Civil Veterinary Dept. Bombay admin report 1923-31 - 1923-1931
Year: 1923
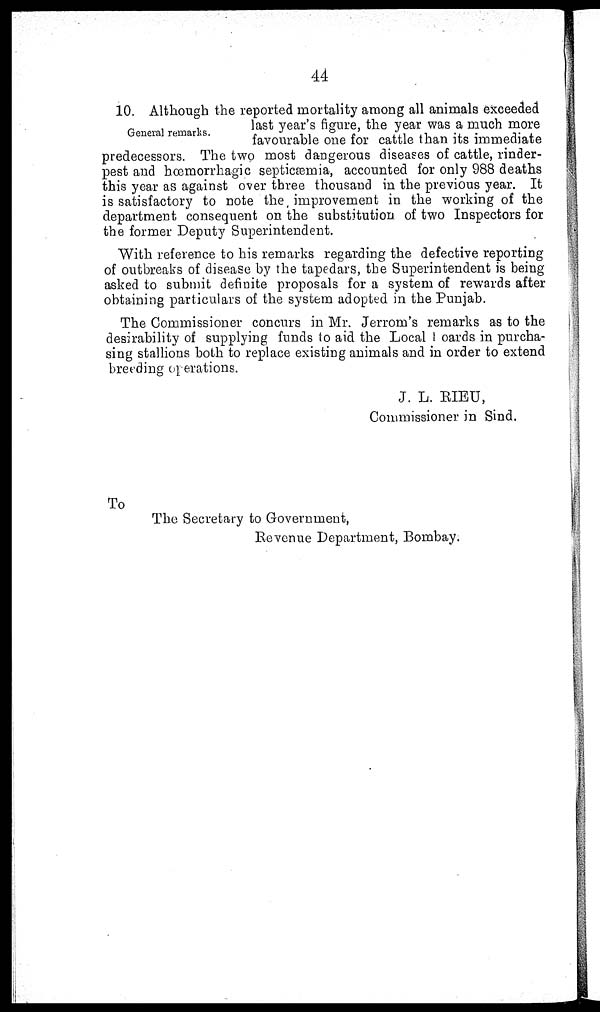
44
General remarks.
10. Although the reported mortality among all animals exceeded
last year's figure, the year was a much more
favourable one for cattle than its immediate
predecessors. The two most dangerous diseases of cattle, rinder-
pest and hæmorrhagic septicæmia, accounted for only 988 deaths
this year as against over three thousand in the previous year. It
is satisfactory to note the improvement in the working of the
department consequent on the substitution of two Inspectors for
the former Deputy Superintendent.
With reference to his remarks regarding the defective reporting
of outbreaks of disease by the tapedars, the Superintendent is being
asked to submit definite proposals for a system of rewards after
obtaining particulars of the system adopted in the Punjab.
The Commissioner concurs in Mr. Jerrom's remarks as to the
desirability of supplying funds to aid the Local oards in purcha-
sing stallions both to replace existing animals and in order to extend
breeding operations.
J. L. RIEU,
Commissioner in Sind.
To
The Secretary to Government,
Revenue Department, Bombay.